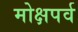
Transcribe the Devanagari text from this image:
मोक्षपर्व